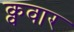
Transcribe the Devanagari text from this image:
क्ववार